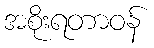
အစိုးရတာဝန်